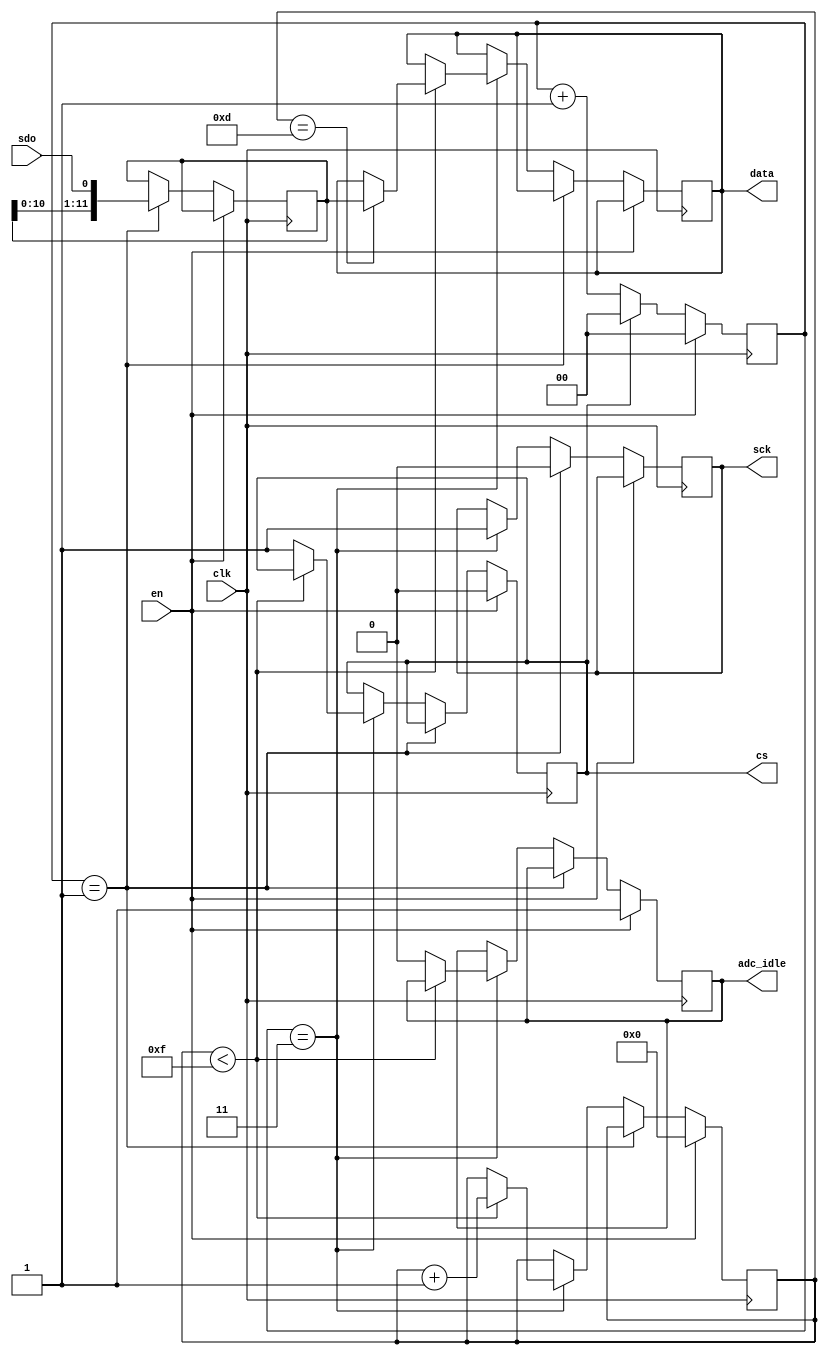
`timescale 1ns/1ps

module ads7883(
	input wire clk,
	input wire en,
	output reg cs,
	output reg sck,
	input wire sdo,
	output reg [11:0] data,
    output adc_idle
);

	reg [1:0] cnt4 = 2'd0;
	reg [3:0] cnt16 = 4'd0;
	reg [11:0] data_ = 12'd0;
    reg sample_state = 1'b0;
    assign adc_idle = sample_state;
	always@(posedge clk)begin
		if(en)begin
			cs <= 1'b0;
			cnt4 <= 2'b0;
			cnt16 <= 4'b0;
          sample_state <= 1'b1;
		end
		else begin
			if(~cs)cnt4 <= cnt4 + 1'b1;
			else cnt4 <= 2'b0;
			if(cnt4 == 2'd1)begin
				sck <= 1'b0;
				data_ <= {data_[10:0],sdo};
			end
			else if(cnt4 == 2'd3)begin
				sck <= 1'b1;
				if(cnt16 < 4'd15) begin
					if(cnt16 == 4'd13)begin data <= data_; end
					cnt16 <= cnt16 + 1'b1;
				end	
				else begin
					cs <= 1'b1; sample_state <= 1'b0; 
				end
			end
		end
	end
	
endmodule